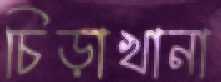
চিড়াখানা